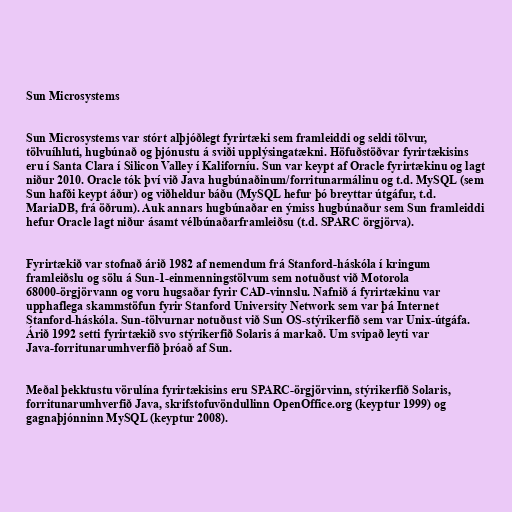
Sun Microsystems

Sun Microsystems var stórt alþjóðlegt fyrirtæki sem framleiddi og seldi tölvur,
tölvuíhluti, hugbúnað og þjónustu á sviði upplýsingatækni. Höfuðstöðvar fyrirtækisins
eru í Santa Clara í Silicon Valley í Kaliforníu. Sun var keypt af Oracle fyrirtækinu og lagt
niður 2010. Oracle tók því við Java hugbúnaðinum/forritunarmálinu og t.d. MySQL (sem
Sun hafði keypt áður) og viðheldur báðu (MySQL hefur þó breyttar útgáfur, t.d.
MariaDB, frá öðrum). Auk annars hugbúnaðar en ýmiss hugbúnaður sem Sun framleiddi
hefur Oracle lagt niður ásamt vélbúnaðarframleiðsu (t.d. SPARC örgjörva).

Fyrirtækið var stofnað árið 1982 af nemendum frá Stanford-háskóla í kringum
framleiðslu og sölu á Sun-1-einmenningstölvum sem notuðust við Motorola
68000-örgjörvann og voru hugsaðar fyrir CAD-vinnslu. Nafnið á fyrirtækinu var
upphaflega skammstöfun fyrir Stanford University Network sem var þá Internet
Stanford-háskóla. Sun-tölvurnar notuðust við Sun OS-stýrikerfið sem var Unix-útgáfa.
Árið 1992 setti fyrirtækið svo stýrikerfið Solaris á markað. Um svipað leyti var
Java-forritunarumhverfið þróað af Sun.

Meðal þekktustu vörulína fyrirtækisins eru SPARC-örgjörvinn, stýrikerfið Solaris,
forritunarumhverfið Java, skrifstofuvöndullinn OpenOffice.org (keyptur 1999) og
gagnaþjónninn MySQL (keyptur 2008).